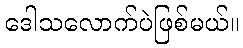
ဒေါသလောက်ပဲဖြစ်မယ်။